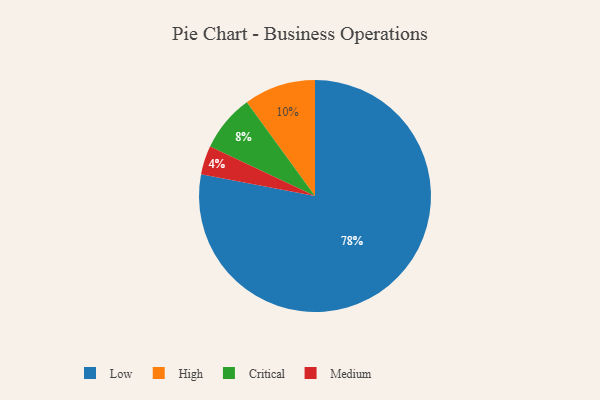
{"axis": {"x": "Category", "y": "Percentage"}, "legend": ["Critical", "High", "Low", "Medium"], "data": [{"x": "Critical", "y": 8, "type": "Critical"}, {"x": "Medium", "y": 4, "type": "Medium"}, {"x": "High", "y": 10, "type": "High"}, {"x": "Low", "y": 78, "type": "Low"}]}